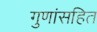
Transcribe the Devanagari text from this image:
गुणांसहित